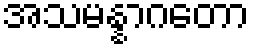
အသမန္နာဂတော